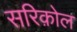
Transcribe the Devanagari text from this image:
सरिक़ोल